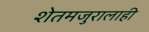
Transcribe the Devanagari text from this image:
शेतमजुरालाही